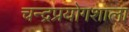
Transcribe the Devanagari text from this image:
चन्द्रप्रयोगशाला